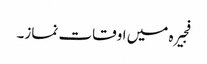
فجیرہ میں اوقات نماز۔